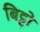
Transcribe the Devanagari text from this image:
बिट्टो